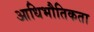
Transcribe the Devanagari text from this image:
आधिभौतिकता